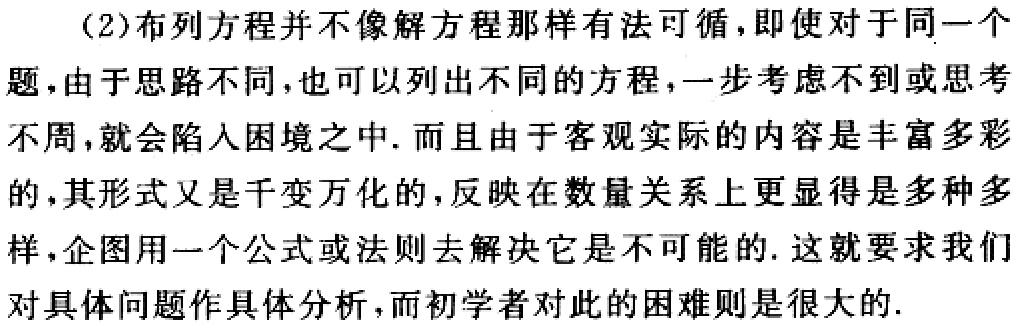
（2）布列方程并不像解方程那样有法可循，即使对于同一个
题，由于思路不同，也可以列出不同的方程，一步考虑不到或思考
不周，就会陷入困境之中. 而且由于客观实际的内容是丰富多彩
的，其形式又是千变万化的，反映在数量关系上更显得是多种多
样，企图用一个公式或法则去解决它是不可能的. 这就要求我们
对具体问题作具体分析，而初学者对此的困难则是很大的.